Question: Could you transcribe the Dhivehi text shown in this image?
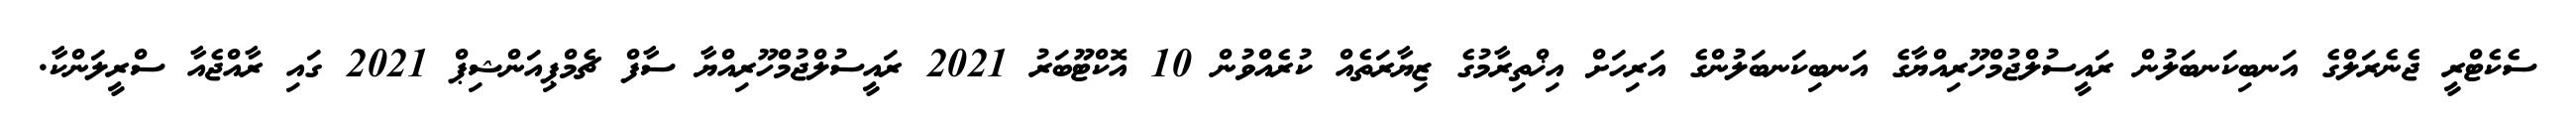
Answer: ސެކެޓްރީ ޖެނެރަލްގެ އަނބިކަނބަލުން ރައީސުލްޖުމްހޫރިއްޔާގެ އަނބިކަނބަލުންގެ އަރިހަށް އިޚްތިރާމުގެ ޒިޔާރަތެއް ކުރެއްވުން 10 އޮކްޓޫބަރު 2021 ރައީސުލްޖުމްހޫރިއްޔާ ސާފް ޗެމްޕިއަންޝިޕް 2021 ގައި ރާއްޖެއާ ސްރީލަންކާ.